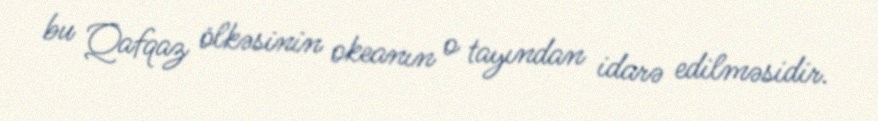
bu Qafqaz ölkəsinin okeanın o tayından idarə edilməsidir.